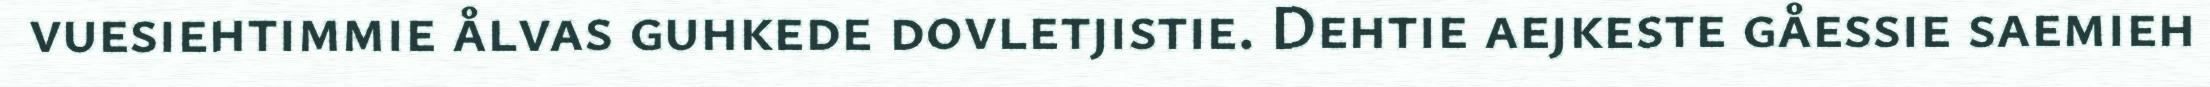
vuesiehtimmie ålvas guhkede dovletjistie. Dehtie aejkeste gåessie saemieh